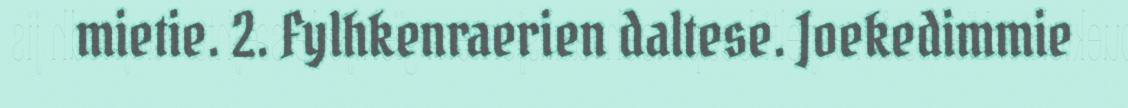
mietie. 2. Fylhkenraerien daltese. Joekedimmie